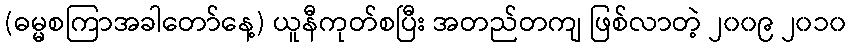
(ဓမ္မစကြာအခါတော်နေ့) ယူနီကုတ်စပြီး အတည်တကျ ဖြစ်လာတဲ့ ၂၀၀၉ ၂၀၁၀